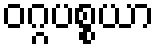
ဝဂ္ဂပစ္စယာ